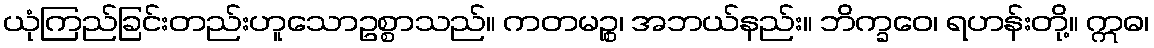
ယုံကြည်ခြင်းတည်းဟူသောဥစ္စာသည်။ ကတမဉ္စ၊ အဘယ်နည်း။ ဘိက္ခဝေ၊ ရဟန်းတို့။ ဣဓ၊